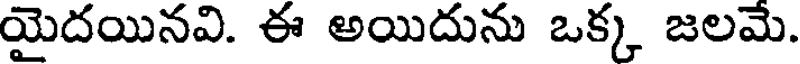
యైదయినవి. ఈ అయిదును ఒక్క జలమె.